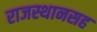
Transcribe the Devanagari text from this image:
राजस्थानसह